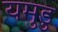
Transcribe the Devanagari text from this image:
यमुडु